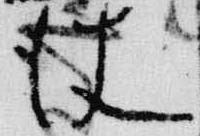
使